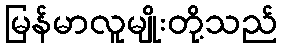
မြန်မာလူမျိုးတို့သည်